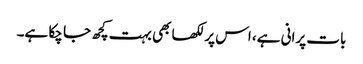
بات پرانی ہے، اس پر لکھا بھی بہت کچھ جا چکا ہے۔